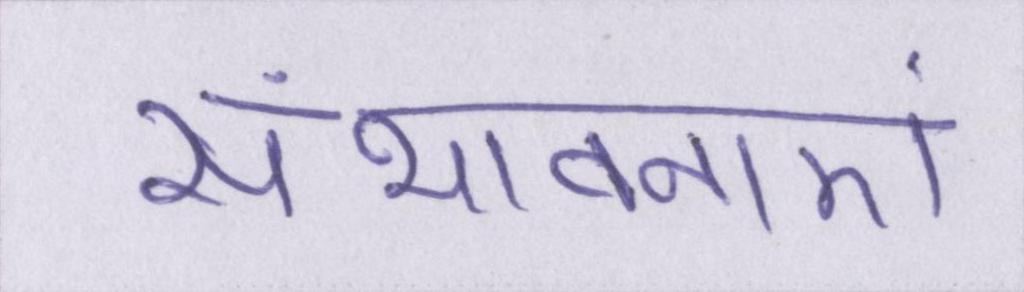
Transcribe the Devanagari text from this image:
संभावनाएं